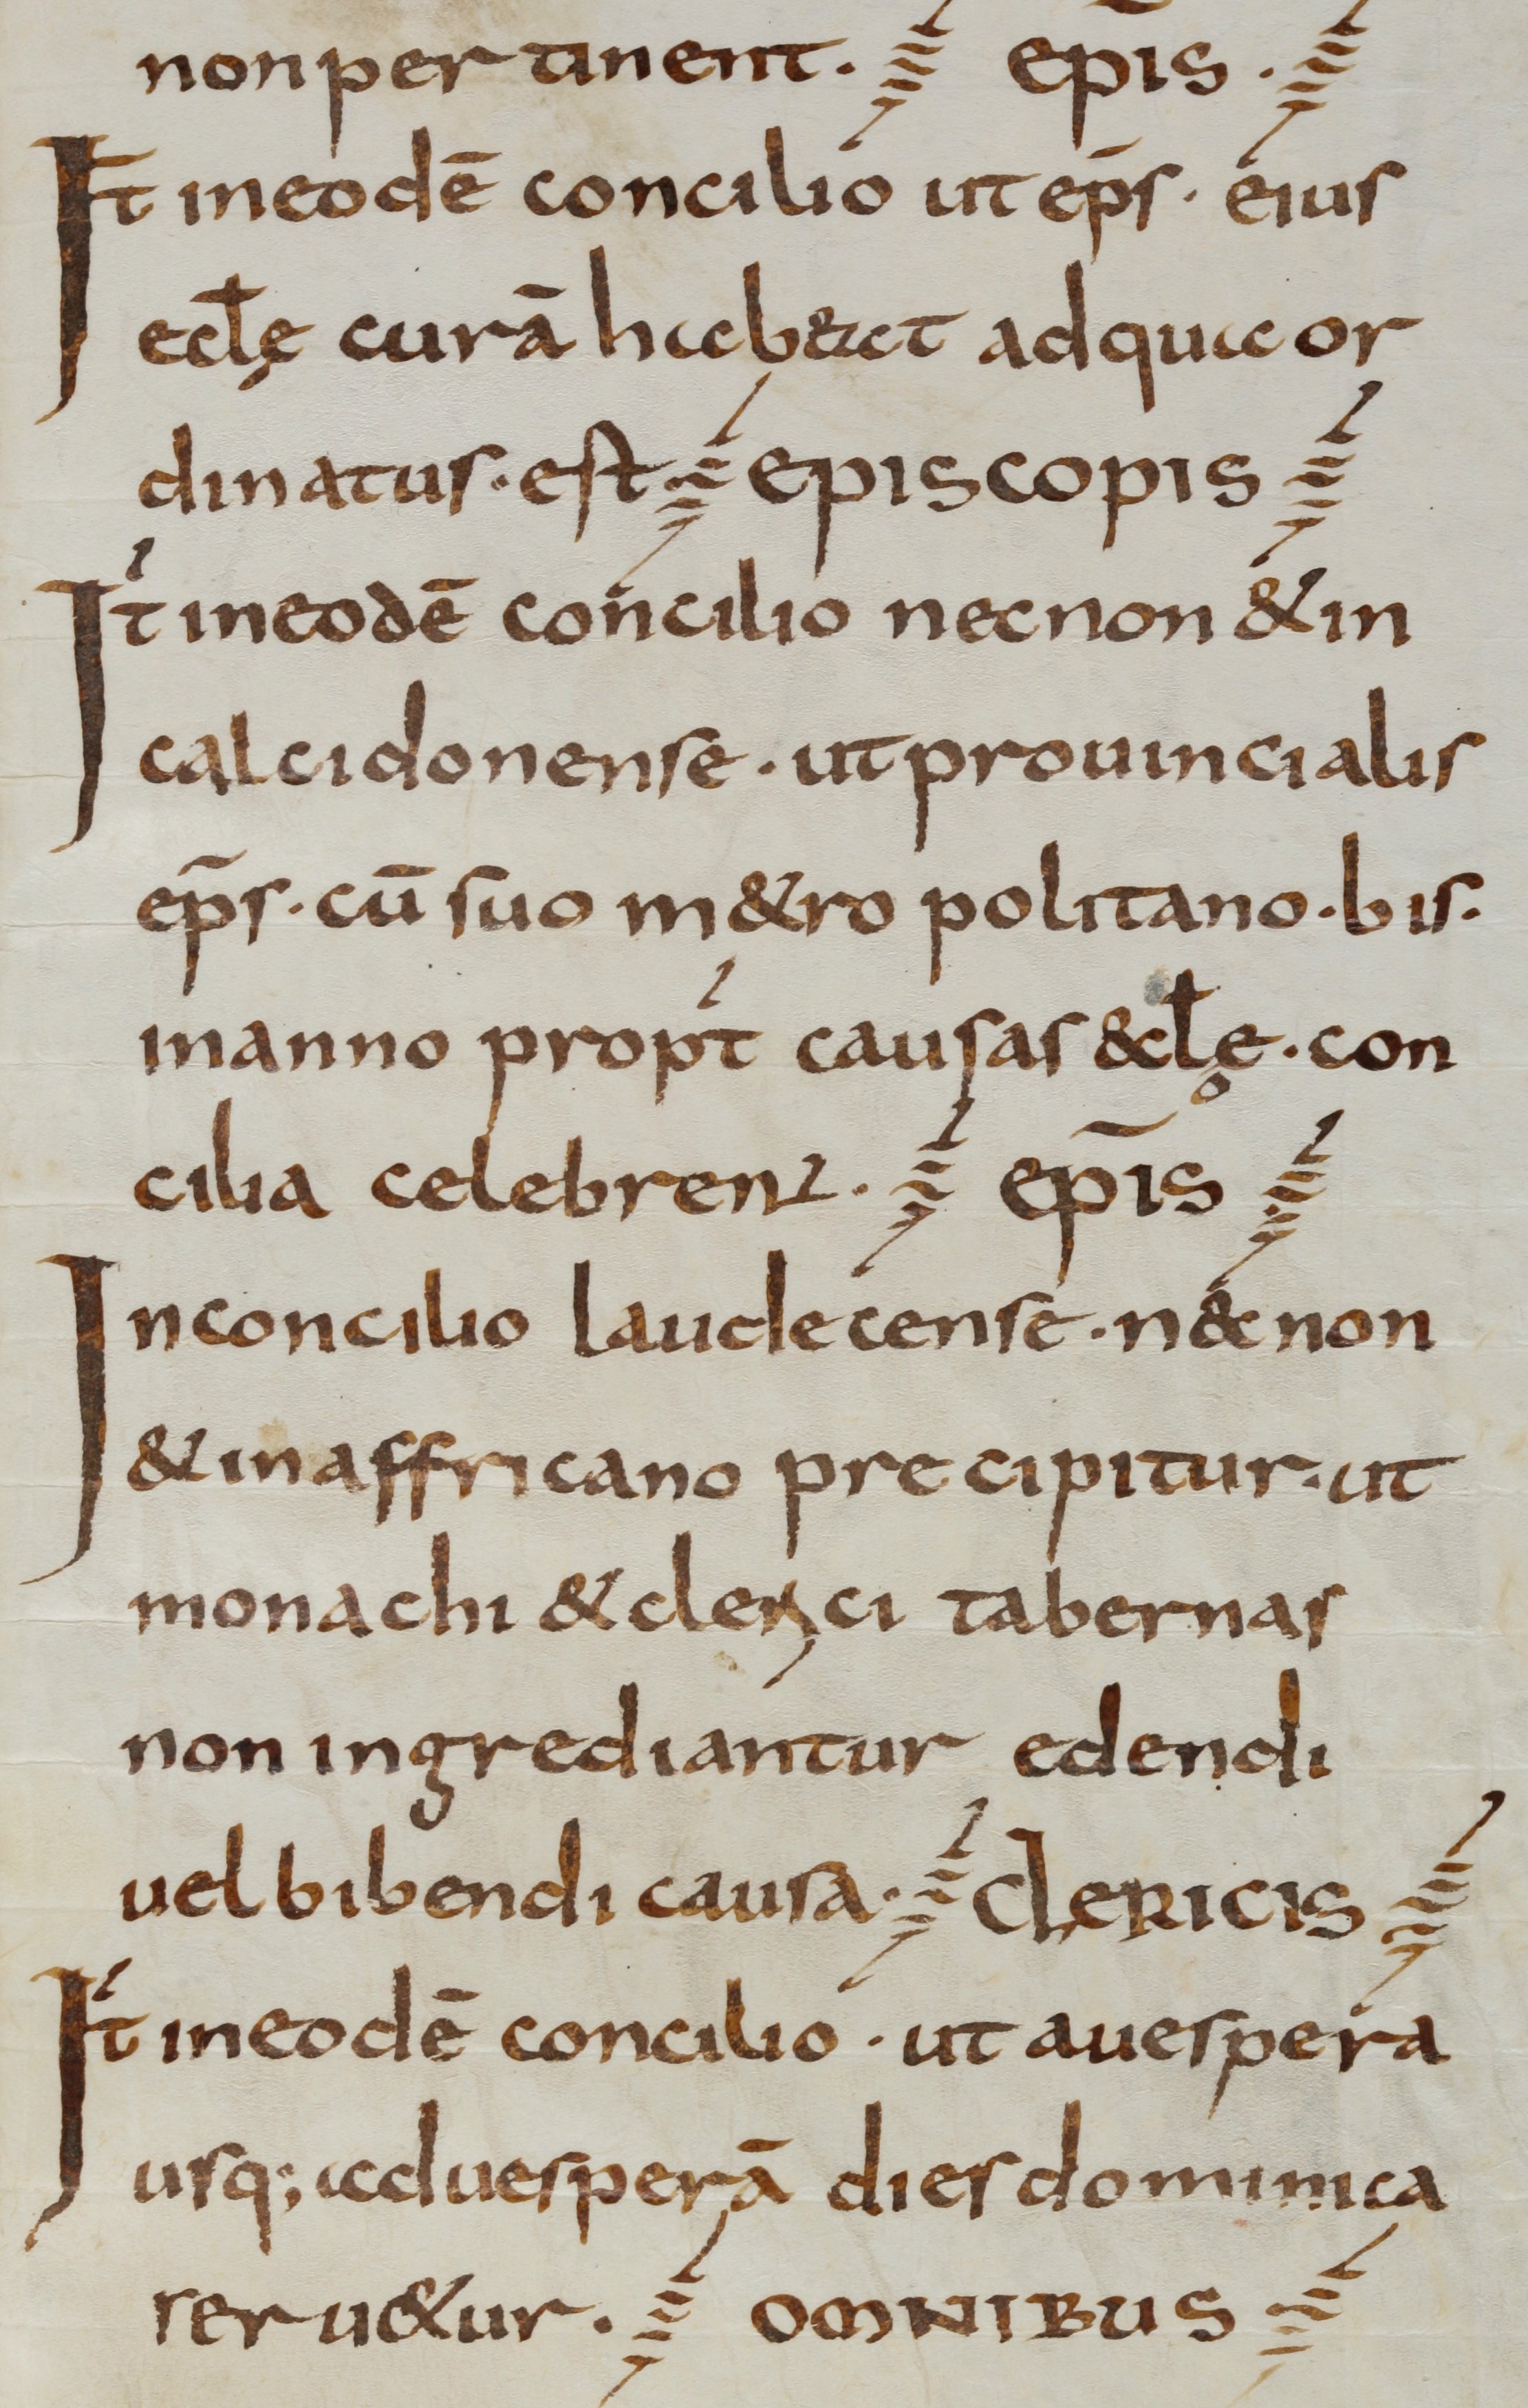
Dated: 800–825